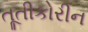
તૂતીકોરીન